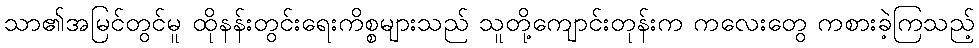
သာ၏အမြင်တွင်မူ ထိုနန်းတွင်းရေးကိစ္စများသည် သူတို့ကျောင်းတုန်းက ကလေးတွေ ကစားခဲ့ကြသည့်